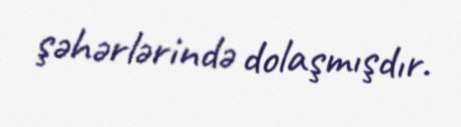
şəhərlərində dolaşmışdır.